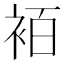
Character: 袹